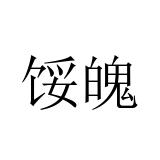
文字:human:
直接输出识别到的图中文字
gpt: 馁魄